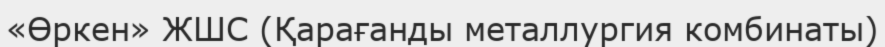
«Өркен» ЖШС (Қарағанды металлургия комбинаты)